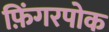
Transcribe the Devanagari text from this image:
फ़िंगरपोक